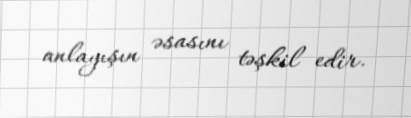
anlayışın əsasını təşkil edir.